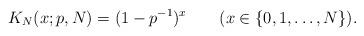
LaTeX: \begin{align*}K_N(x;p,N)=(1-p^{-1})^x\qquad(x\in\{0,1,\ldots,N\}).\end{align*}